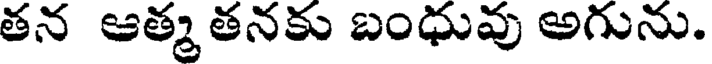
తన ఆత్మ తనకు బంధువు అగును.